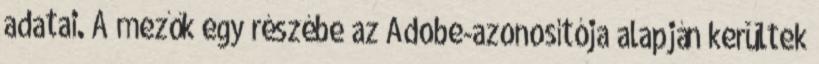
adatai. A mezők egy részébe az Adobe-azonosítója alapján kerültek